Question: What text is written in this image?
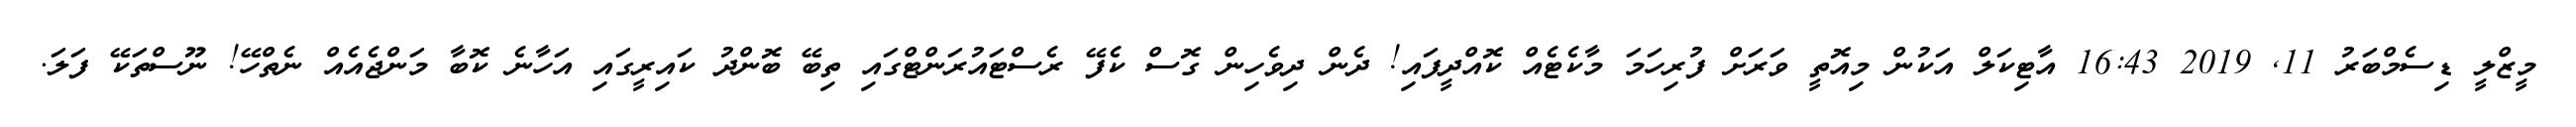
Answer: މީޒްލީ ޑިސެމްބަރު 11, 2019 16:43 އާޓިކަލް އަކުން މިއޮތީ ވަރަށް ފުރިހަމަ މާކެޓެއް ކޮއްދީފައި! ދެން ދިވެހިން ގޮސް ކެފޭ ރެސްޓައުރަންޓްގައި ތިބޭ ބޮންދު ކައިރީގައި އަހާނެ ކޮބާ މަންޖެއެއް ނެތްހޭ! ނޫސްތަކޭ ފަލަ.